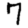
Digit: 7